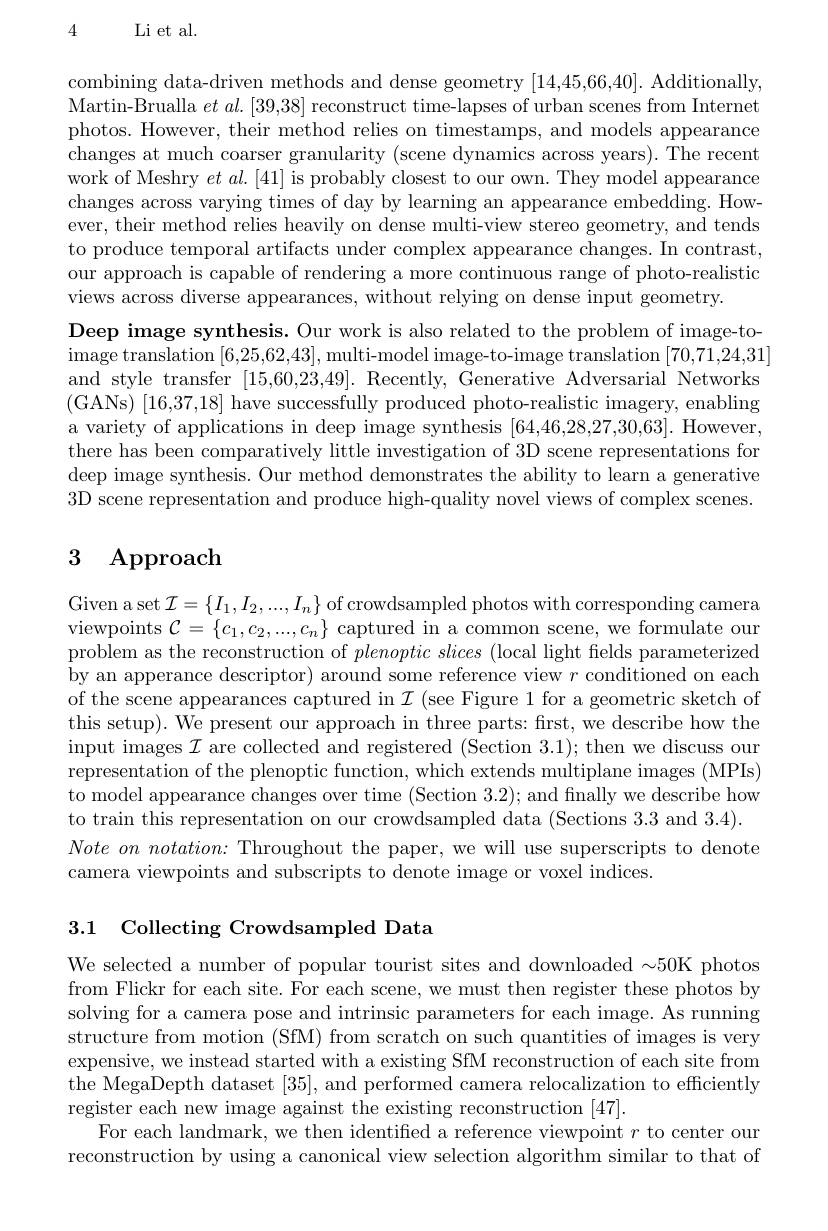
4Li et al.

combining data-driven methods and dense geometry [14,45,66,40]. Additionally Martin-Brualla $et\textit{al. [ 39, 38] reconstruct time- lapses of urban scenes from Internet}$ photos. However, their method relies on timestamps, and models appearance changes at much coarser granularity (scene dynamics across years). The recent work of Meshry $et\textit{al. [ 41] is probably closest to our own. They model appearance}$ changes across varying times of day by learning an appearance embedding. However, their method relies heavily on dense multi-view stereo geometry, and tends to produce temporal artifacts under complex appearance changes. In contrast our approach is capable of rendering a more continuous range of photo-realistic views across diverse appearances, without relying on dense input geometry
Deep image synthesis. Our work is also related to the problem of image-toimage translation [ 6, 25, 62, 43] , multi- model image- to- image translation [ 70, 71, 24, 31] and style transfer [15,60,23,49]. Recently, Generative Adversarial Networks (GANs) [16,37,18] have successfully produced photo-realistic imagery, enabling a variety of applications in deep image synthesis [64,46,28,27,30,63]. However, there has been comparatively little investigation of 3D scene representations for deep image synthesis. Our method demonstrates the ability to learn a generative 3D scene representation and produce high-quality novel views of complex scenes.

# 3 Approach

Given a set $\mathcal{I}=\{I_1,I_2,...,I_n\}$ of crowdsampled photos with corresponding camera viewpoints $\mathcal{C}=\{c_1,c_2,...,c_n\}$ captured in a common scene, we formulate our problem as the reconstruction of $plenoptic\textit{slices ( local light fields parameterized}$ by an apperance descriptor) around some reference view $r$ conditioned on each of the scene appearances captured in $\mathcal{I}$ (see Figure 1 for a geometric sketch of this setup). We present our approach in three parts: first, we describe how the input images $\mathcal{I}$ are collected and registered (Section 3.1); then we discuss our representation of the plenoptic function, which extends multiplane images (MPIs) to model appearance changes over time (Section 3.2);and fnally we describe how to train this representation on our crowdsampled data (Sections 3.3 and 3.4).
$Note\textit{ on notation: Throughout the paper, we will use superscripts to denote}$
camera viewpoints and subscripts to denote image or voxel indices.

3.1 Collecting Crowdsampled Data

We selected a number of popular tourist sites and downloaded $\sim50$K photos from Flickr for each site. For each scene, we must then register these photos by solving for a camera pose and intrinsic parameters for each image. As running structure from motion (SfM) from scratch on such quantities of images is very expensive, we instead started with a existing SfM reconstruction of each site from the MegaDepth dataset [35], and performed camera relocalization to efficiently register each new image against the existing reconstruction [47].
For each landmark, we then identified a reference viewpoint $r$ to center our reconstruction by using a canonical view selection algorithm similar to that of